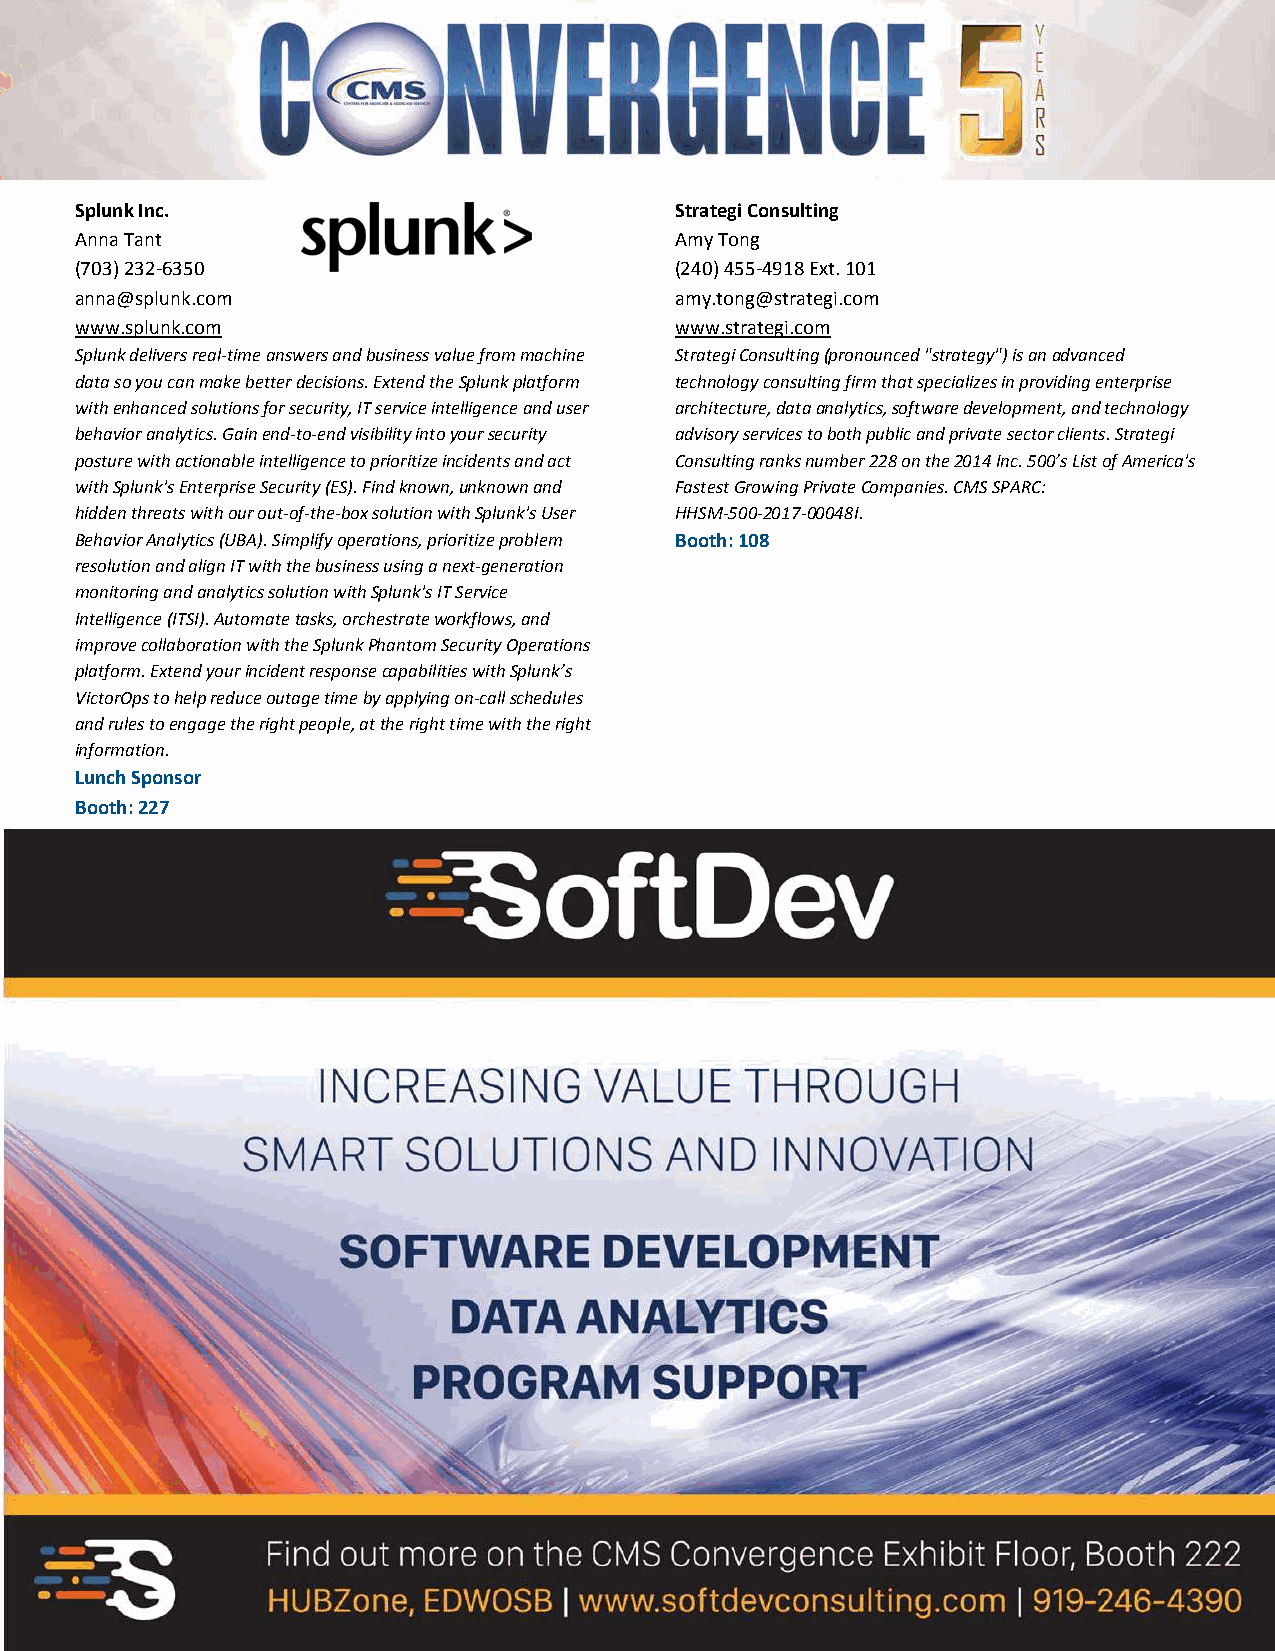
Splunk Inc.                             Strategi Consulting
 Anna Tant                               Amy Tong
 (703) 232‐6350                          (240) 455‐4918 Ext. 101
 anna@splunk.com                         amy.tong@strategi.com
 www.splunk.com                          www.strategi.com
 Splunk delivers real‐time answers and business value from machine Strategi Consulting (pronounced "strategy") is an advanced
 data so you can make better decisions. Extend the Splunk platform technology consulting firm that specializes in providing enterprise
 with enhanced solutions for security, IT service intelligence and user architecture, data analytics, software development, and technology
 behavior analytics. Gain end‐to‐end visibility into your security advisory services to both public and private sector clients. Strategi
 posture with actionable intelligence to prioritize incidents and act Consulting ranks number 228 on the 2014 Inc. 500’s List of America's
 with Splunk's Enterprise Security (ES). Find known, unknown and Fastest Growing Private Companies. CMS SPARC:
 hidden threats with our out‐of‐the‐box solution with Splunk's User HHSM‐500‐2017‐00048I.
 Behavior Analytics (UBA). Simplify operations, prioritize problem Booth: 108
 resolution and align IT with the business using a next‐generation
 monitoring and analytics solution with Splunk's IT Service
 Intelligence (ITSI). Automate tasks, orchestrate workflows, and
 improve collaboration with the Splunk Phantom Security Operations
 platform. Extend your incident response capabilities with Splunk’s
 VictorOps to help reduce outage time by applying on‐call schedules
 and rules to engage the right people, at the right time with the right
 information.
 Lunch Sponsor
 Booth: 227
 Published as of: 8/2/19